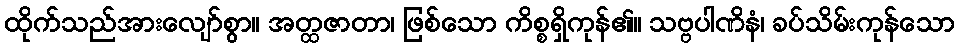
ထိုက်သည်အားလျော်စွာ။ အတ္ထဇာတာ၊ ဖြစ်သော ကိစ္စရှိကုန်၏။ သဗ္ဗပါဏိနံ၊ ခပ်သိမ်းကုန်သော